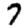
Digit: 7